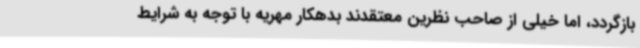
بازگردد، اما خیلی از صاحب نظرین معتقدند بدهکار مهریه با توجه به شرایط